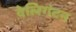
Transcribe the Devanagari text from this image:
वेलिगंटन